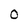
Character: 0